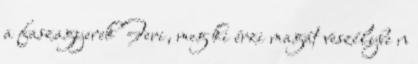
a faszagyerek Feri, meg ki érzi magát veszélybe n